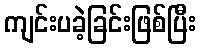
ကျင်းပခဲ့ခြင်းဖြစ်ပြီး